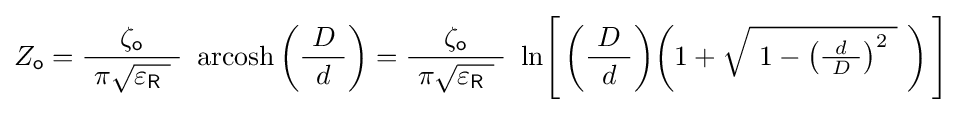
Z_{\mathsf {o}}={\frac {\zeta _{\mathsf {o}}}{\ \pi {\sqrt {\varepsilon _{\mathsf {R}}\ }}\ }}\ \operatorname {arcosh} \left({\frac {\ D\ }{d}}\right)={\frac {\zeta _{\mathsf {o}}}{\ \pi {\sqrt {\varepsilon _{\mathsf {R}}\ }}\ }}\ \ln \!{\Biggl [}\left({\frac {\ D\ }{d}}\right)\!\left(1+{\sqrt {\ 1-\left({\tfrac {d}{\ D\ }}\right)^{2}~}}~\right){\Biggr ]}\